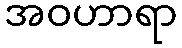
အဝဟာရာ